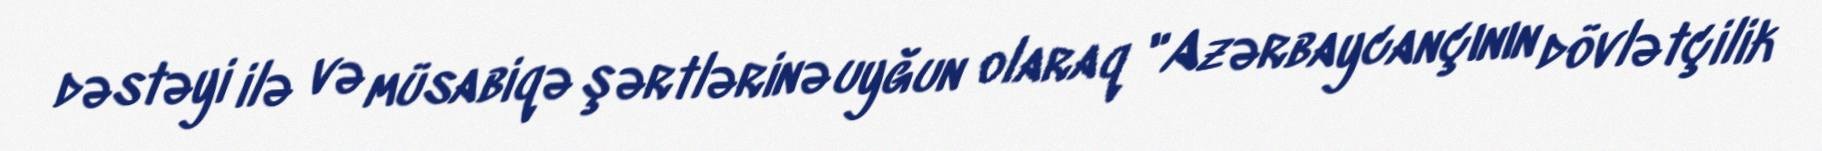
dəstəyi ilə və müsabiqə şərtlərinə uyğun olaraq "Azərbaycançının dövlətçilik